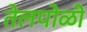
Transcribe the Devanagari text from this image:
तेलपोळी